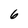
Character: 6